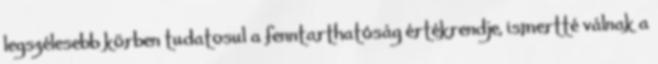
legszélesebb körben tudatosul a fenntarthatóság értékrendje, ismertté válnak a